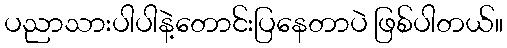
ပညာသားပါပါနဲ့တောင်းပြနေတာပဲ ဖြစ်ပါတယ်။